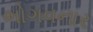
ભોગવનાર